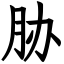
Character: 胁